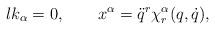
LaTeX: \begin{align*}\l{k}_\alpha = 0, \qquad x^\alpha = \ddot q^r \chi^\alpha_r (q,\dot q) ,\end{align*}